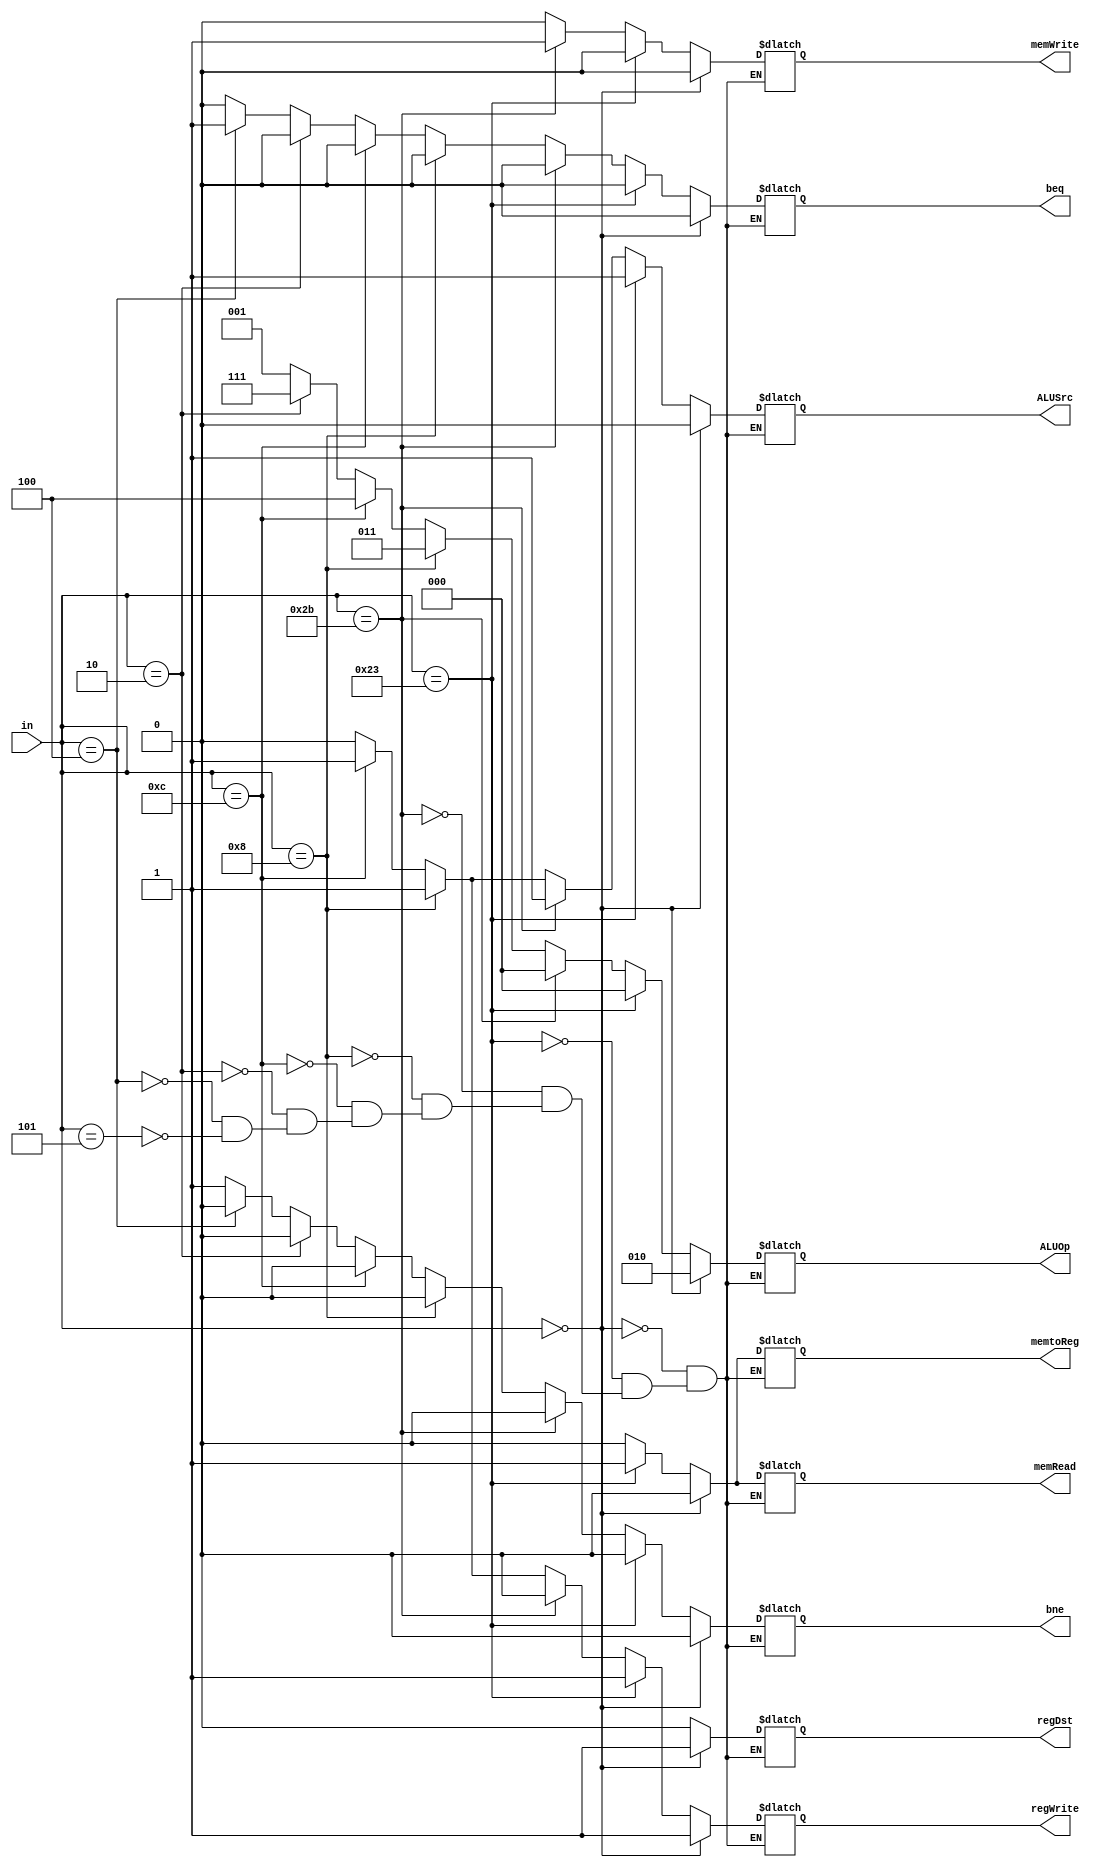
`timescale 1ns / 1ps
//////////////////////////////////////////////////////////////////////////////////
// Company: 
// Engineer: 
// 
// Design Name: 
// Module Name:    Control 
// Project Name: 
// Target Devices: 
// Tool versions: 
// Description: 
//
// Dependencies: 
//
// Revision: 
// Revision 0.01 - File Created
// Additional Comments: 
//
//////////////////////////////////////////////////////////////////////////////////
module Control(in, regDst, memRead, memtoReg, ALUOp, memWrite, ALUSrc, regWrite, beq, bne);
input [5:0] in;
output reg regDst, memRead, memtoReg, memWrite, ALUSrc, regWrite, beq, bne;
output reg [2:0] ALUOp;
always@(in)
begin
if (in==6'b000000)
begin
regDst<=1;
memRead<=0;
memtoReg<=0;
memWrite<=0;
ALUSrc<=0;
regWrite<=1;
beq<=0;
bne<=0;
ALUOp<=3'b010; 
end
else if (in==6'b100011)
begin
regDst<=0;
memRead<=1;
memtoReg<=1;
memWrite<=0;
ALUSrc<=1;
regWrite<=1;
beq<=0;
bne<=0;
ALUOp<=3'b000; 
end
else if (in==6'b101011)
begin
regDst<=0;
memRead<=0;
memtoReg<=0;
memWrite<=1;
ALUSrc<=1;
regWrite<=0;
beq<=0;
bne<=0;
ALUOp<=3'b000; 
end
else if (in==6'b001000)
begin
regDst<=0;
memRead<=0;
memtoReg<=0;
memWrite<=0;
ALUSrc<=1;
regWrite<=1;
beq<=0;
bne<=0;
ALUOp<=3'b011; 
end
else if (in==6'b001100)
begin
regDst<=0;
memRead<=0;
memtoReg<=0;
memWrite<=0;
ALUSrc<=1;
regWrite<=1;
beq<=0;
bne<=0;
ALUOp<=3'b100; 
end
else if (in==6'b000010)
begin
regDst<=0;
memRead<=0;
memtoReg<=0;
memWrite<=0;
ALUSrc<=0;
regWrite<=0;
beq<=0;
bne<=0;
ALUOp<=3'b111;
end
else if (in==6'b000100)
begin
regDst<=0;
memRead<=0;
memtoReg<=0;
memWrite<=0;
ALUSrc<=0;
regWrite<=0;
beq<=1;
bne<=0;
ALUOp<=3'b001;
end
else if (in==6'b000101)
begin
regDst<=0;
memRead<=0;
memtoReg<=0;
memWrite<=0;
ALUSrc<=0;
regWrite<=0;
beq<=0;
bne<=1;
ALUOp<=3'b001;
end
end
endmodule